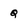
Character: Q